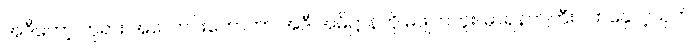
အဲဒီတော့ ဘုရား အလောင်းတော်ဟာ အဲဒီ အဓိဋ္ဌာန်ကို မဖျက်ဘူး၊ မာရ်နတ်ကြီး လာနှောင့်ယှက်